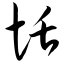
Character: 恬